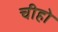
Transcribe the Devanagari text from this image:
चीहो